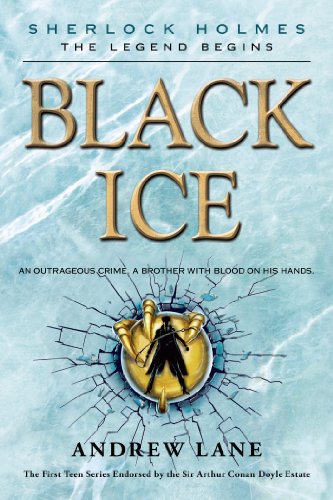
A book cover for Black Ice (Sherlock Holmes: The Legend Begins); Andrew Lane; Teen & Young Adult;